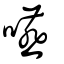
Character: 嚥